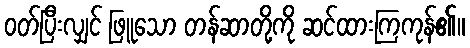
ဝတ်ပြီးလျှင် ဖြူသော တန်ဆာတို့ကို ဆင်ထားကြကုန်၏။